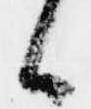
候